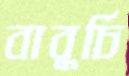
বাবুর্চি